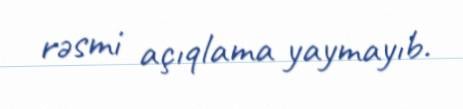
rəsmi açıqlama yaymayıb.